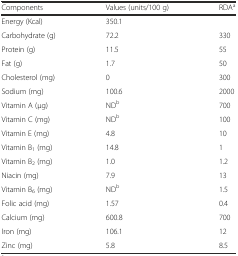
<table><thead><tr><td><b>Components</b></td><td><b>Values (units/100 g)</b></td><td><b>RDA<sup>a</sup></b></td></tr></thead><tbody><tr><td>Energy (Kcal)</td><td>350.1</td><td></td></tr><tr><td>Carbohydrate (g)</td><td>72.2</td><td>330</td></tr><tr><td>Protein (g)</td><td>11.5</td><td>55</td></tr><tr><td>Fat (g)</td><td>1.7</td><td>50</td></tr><tr><td>Cholesterol (mg)</td><td>0</td><td>300</td></tr><tr><td>Sodium (mg)</td><td>100.6</td><td>2000</td></tr><tr><td>Vitamin A (μg)</td><td>ND<sup>b</sup></td><td>700</td></tr><tr><td>Vitamin C (mg)</td><td>ND<sup>b</sup></td><td>100</td></tr><tr><td>Vitamin E (mg)</td><td>4.8</td><td>10</td></tr><tr><td>Vitamin B<sub>1</sub> (mg)</td><td>14.8</td><td>1</td></tr><tr><td>Vitamin B<sub>2</sub> (mg)</td><td>1.0</td><td>1.2</td></tr><tr><td>Niacin (mg)</td><td>7.9</td><td>13</td></tr><tr><td>Vitamin B<sub>6</sub> (mg)</td><td>ND<sup>b</sup></td><td>1.5</td></tr><tr><td>Folic acid (mg)</td><td>1.57</td><td>0.4</td></tr><tr><td>Calcium (mg)</td><td>600.8</td><td>700</td></tr><tr><td>Iron (mg)</td><td>106.1</td><td>12</td></tr><tr><td>Zinc (mg)</td><td>5.8</td><td>8.5</td></tr></tbody></table>